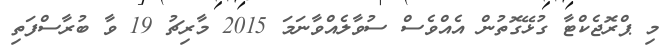
މި ޕްރޮޖެކްޓާ ގުޅޭގޮތުން އެއްވެސް ސުވާލެއްވާނަމަ 2015 މާރިޗު 19 ވާ ބުރާސްފަތި